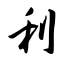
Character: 利